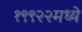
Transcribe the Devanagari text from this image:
१९९२२मध्ये